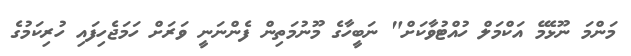
މަންމަ ނޫޅެމޭ އަކްމަލް ހުއްޓުވާކަށް" ނަބީހާގެ މޫނުމަތިން ފެންނަނީ ވަރަށް ހަމަޖެހިފައި ހުރިކަމުގެ